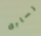
لسابق